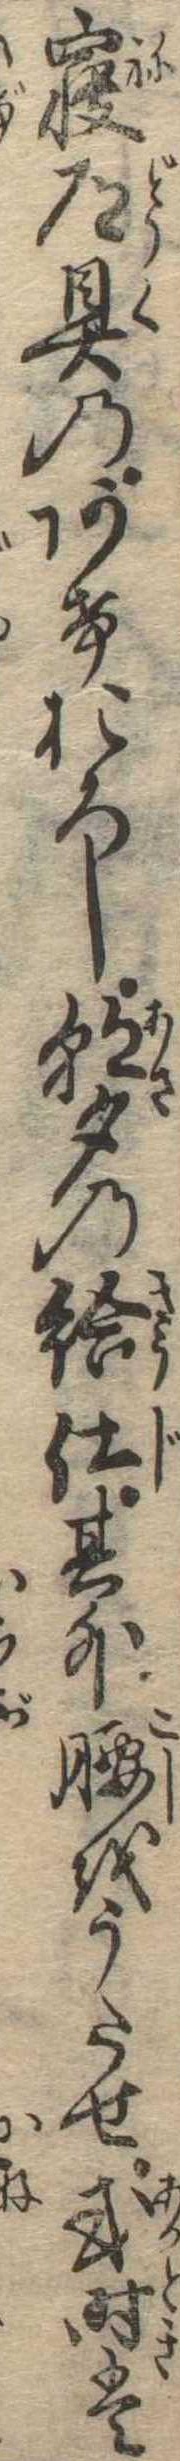
寝道具のあけおろし朝夕の給仕其外腰をうたせ或時は